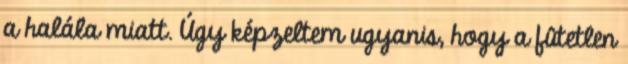
a halála miatt. Úgy képzeltem ugyanis, hogy a fûtetlen